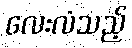
လေးလံသည့်